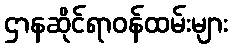
ဌာနဆိုင်ရာဝန်ထမ်းများ